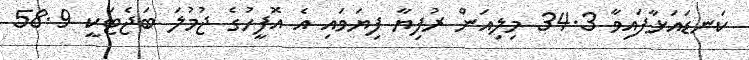
ކަނޑައަޅާފައިވާ 34.3 މިލިއަން ރުފިޔާ ފިޔަވައި އެ އޮފީހުގެ ޖުމުލަ ބަޖެޓަކީ 58.9